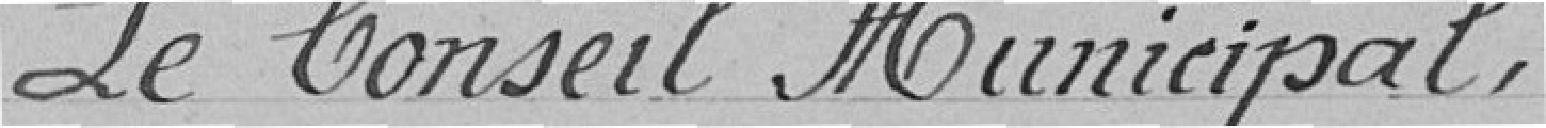
Le Conseil Municipal ,